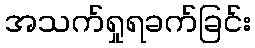
အသက်ရှုရခက်ခြင်း